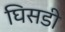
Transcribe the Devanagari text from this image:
घिसडी